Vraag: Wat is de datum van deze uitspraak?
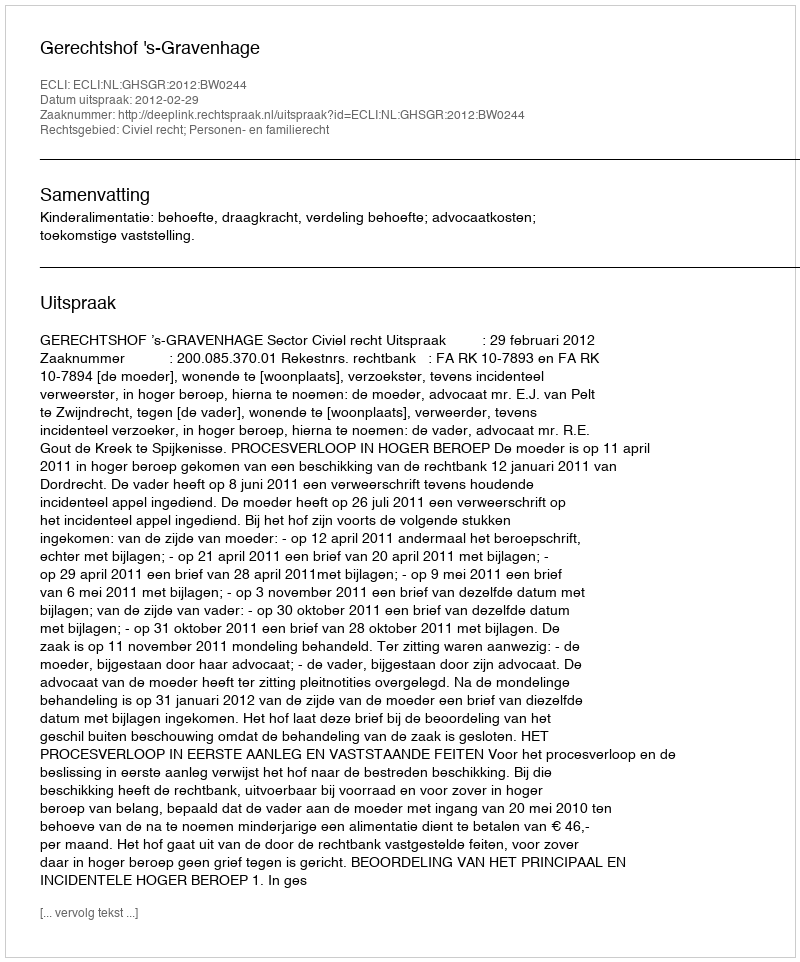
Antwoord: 2012-02-29